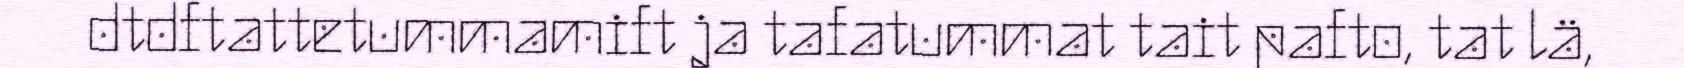
dtdftattetummamift ja tafatummat tait pafto, tat lä,